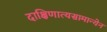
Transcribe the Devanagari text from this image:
दाक्षिणात्यसामान्येन